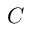
C